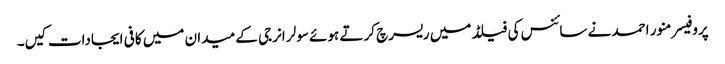
پروفیسر منور احمد نے سائنس کی فیلڈ میں ریسرچ کرتے ہوئے سولر انرجی کے میدان میں کافی ایجادات کیں۔